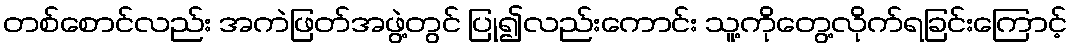
တစ်စောင်လည်း အကဲဖြတ်အဖွဲ့တွင် ပြု၍လည်းကောင်း သူ့ကိုတွေ့လိုက်ရခြင်းကြောင့်